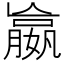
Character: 𡢔